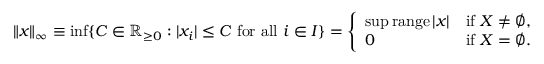
\| x \| _ { \infty } \equiv \operatorname* { i n f } \{ C \in \mathbb { R } _ { \geq 0 } : | x _ { i } | \leq C { \mathrm { ~ f o r ~ a l l ~ } } i \in I \} = { \left\{ \begin{array} { l l } { \operatorname* { s u p } \operatorname { r a n g e } | x | } & { { \mathrm { i f ~ } } X \neq \varnothing , } \\ { 0 } & { { \mathrm { i f ~ } } X = \varnothing . } \end{array} \right. }